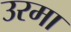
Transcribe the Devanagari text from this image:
उरमा